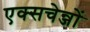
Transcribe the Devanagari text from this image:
एक्सचेन्जों